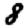
Digit: 8